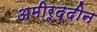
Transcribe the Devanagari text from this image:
अमीरूद्दीन